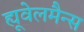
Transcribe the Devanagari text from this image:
ह्यूवेलमैन्स